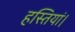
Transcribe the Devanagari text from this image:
हस्तियां।